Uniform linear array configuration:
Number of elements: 32
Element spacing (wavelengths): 0.5
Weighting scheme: cosine
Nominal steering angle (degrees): -15
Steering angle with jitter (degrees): -14.362
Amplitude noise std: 0.05
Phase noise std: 0.05

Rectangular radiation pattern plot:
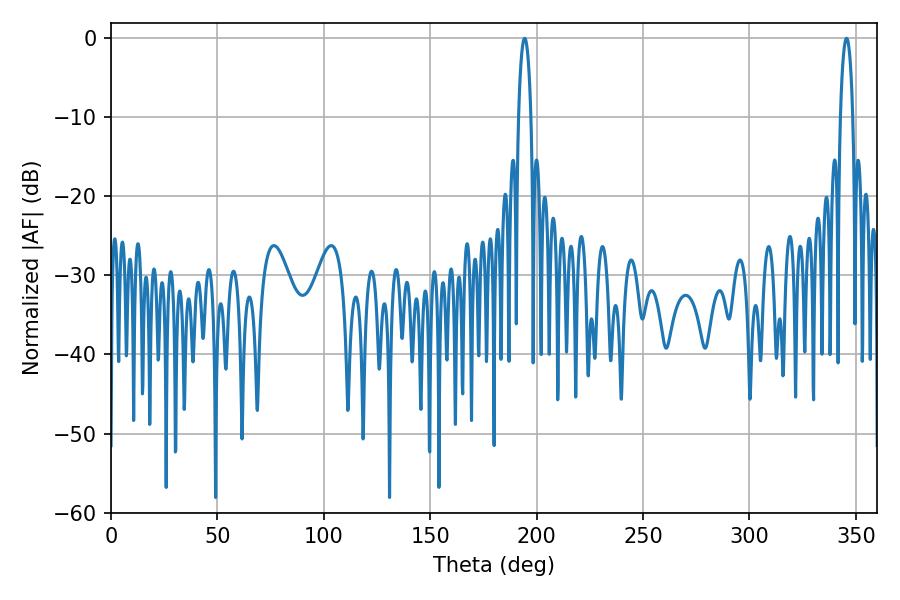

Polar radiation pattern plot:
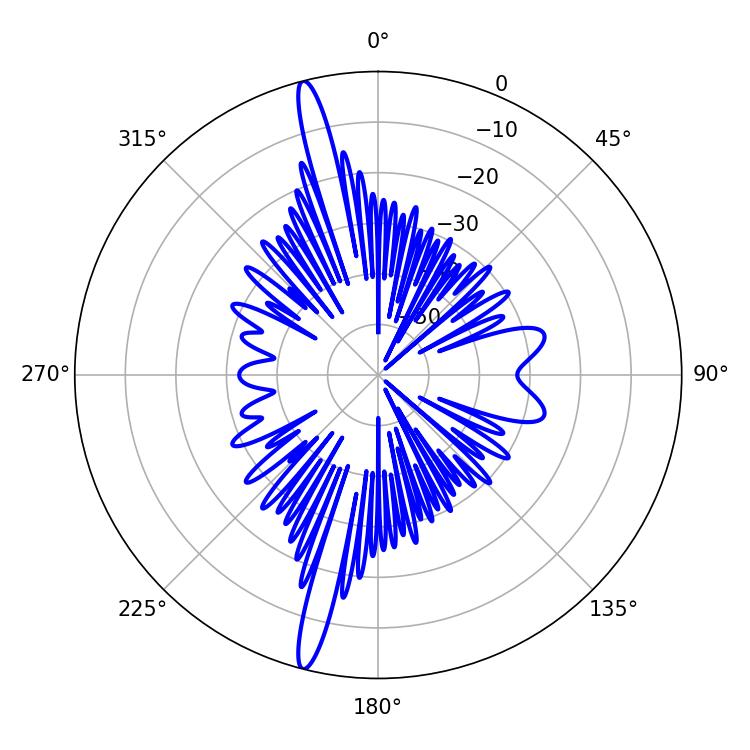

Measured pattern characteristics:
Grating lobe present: FALSE
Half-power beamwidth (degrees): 3.24
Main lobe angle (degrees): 345.6